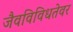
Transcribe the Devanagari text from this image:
जैवविविधतेवर